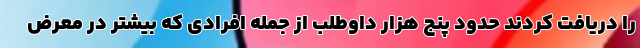
را دریافت کردند حدود پنج هزار داوطلب از جمله افرادی که بیشتر در معرض